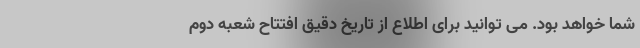
شما خواهد بود. می توانید برای اطلاع از تاریخ دقیق افتتاح شعبه دوم